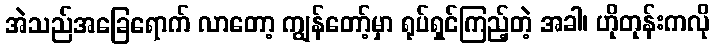
အဲသည်အခြေရောက် လာတော့ ကျွန်တော့်မှာ ရုပ်ရှင်ကြည့်တဲ့ အခါ၊ ဟိုတုန်းကလို